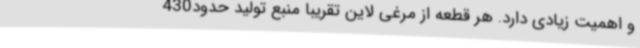
و اهمیت زیادی دارد. هر قطعه از مرغی لاین تقریبا منبع تولید حدود430